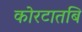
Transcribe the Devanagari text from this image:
कोरटातबि